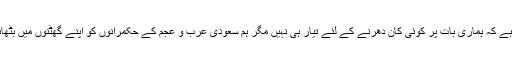
اور زمینی صورت حال یہ ہے کہ ہماری بات پر کوئی کان دھرنے کے لئے تیار ہی نہیں مگر ہم سعودی عرب و عجم کے حکمرانوں کو اپنے گھٹنوں میں بٹھانے کے خواب دیکھتے ہیں۔